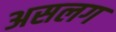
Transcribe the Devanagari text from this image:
असलग